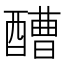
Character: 醩